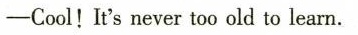
——Cool!It's never too old to learn.